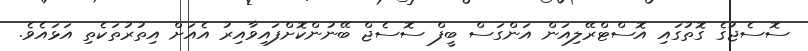
ސޮސެޖުގެ ގޮތުގައި އޮސްޓްރޭލިއަން އަންގަސް ބީފް ސޮސެޖް ބޭނުންކޮށްފައިވާއިރު އެއަށް އިތުރުތަކެތި އަޅައެވެ.